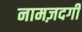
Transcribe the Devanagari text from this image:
नामज़दगी